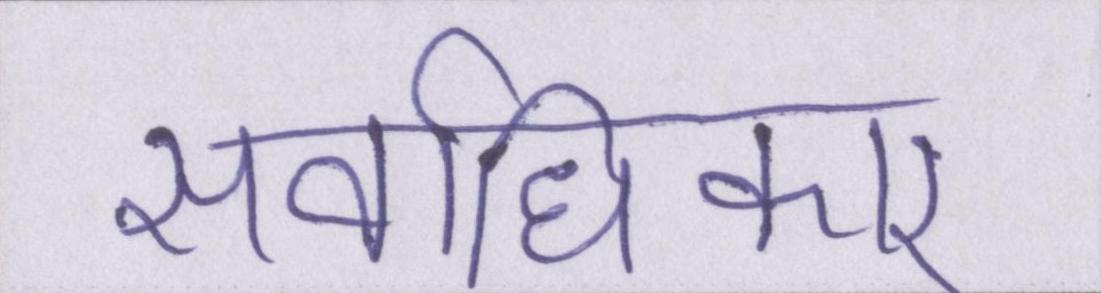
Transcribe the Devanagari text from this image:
सर्वाधिकार